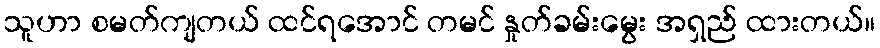
သူဟာ စမတ်ကျတယ် ထင်ရအောင် တမင် နှုတ်ခမ်းမွေး အရှည် ထားတယ်။